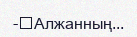
-	Алжанның...